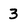
Character: 3